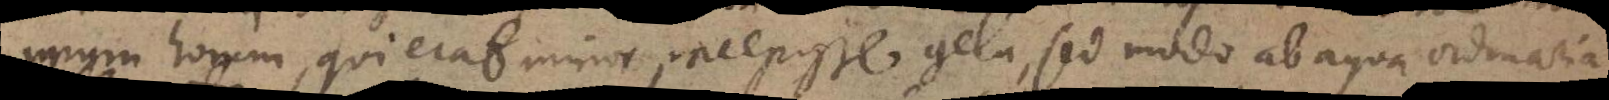
unum horum, qui erat minor, incepisse gelu, sed modo ab aqua ordinaria